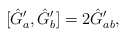
\begin{align*}[\hat{G}_{a}^{\prime},\hat{G}_{b}^{\prime}]=2\hat{G}_{ab}^{\prime},\end{align*}